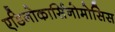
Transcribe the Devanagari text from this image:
एडिनोकार्सिनोमोसिस